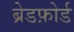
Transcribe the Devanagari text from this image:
ब्रेडफ़ोर्ड